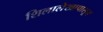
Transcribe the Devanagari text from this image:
शिलालेखापासून